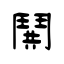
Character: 鬨